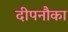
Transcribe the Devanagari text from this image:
दीपनौका